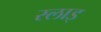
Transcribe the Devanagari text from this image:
स्लाइ